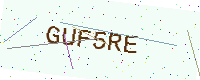
Text: GUF5RE